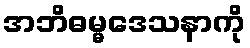
အဘိဓမ္မဒေသနာကို